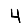
Digit: 4